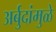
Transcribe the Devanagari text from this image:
अर्बुदांमुळे